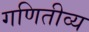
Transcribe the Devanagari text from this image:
गणितीव्य